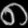
Digit: ၈